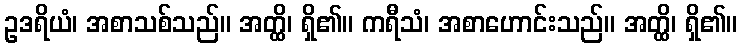
ဥဒရိယံ၊ အစာသစ်သည်။ အတ္ထိ၊ ရှိ၏။ ကရီသံ၊ အစာဟောင်းသည်။ အတ္ထိ၊ ရှိ၏။